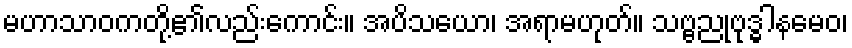
မဟာသာဝကတို့၏လည်းကောင်း။ အပိသယော၊ အရာမဟုတ်။ သဗ္ဗညုဗုဒ္ဓါနမေဝ၊